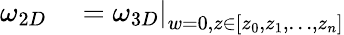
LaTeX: \begin{array}{rl}{\omega_{2D}}&{{}=\left.\omega_{3D}\right|_{w=0,z\in\lbrack z_{0},z_{1},\ldots,z_{n}\rbrack}}\end{array}